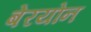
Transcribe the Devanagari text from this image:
बेरयोन